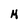
Character: M